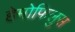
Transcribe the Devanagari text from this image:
हेमोफिलुस